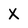
Character: X